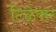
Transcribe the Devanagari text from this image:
टिळेकर